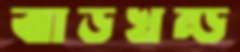
ঝাড়খন্ড